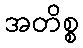
အတိစ္စ